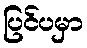
ပြင်ပမှာ